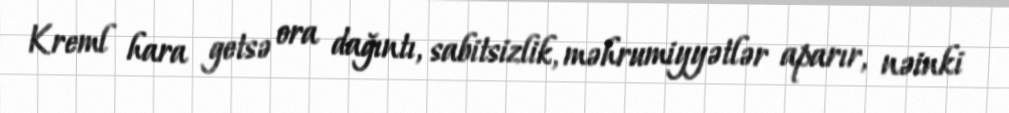
Kreml hara getsə ora dağıntı, sabitsizlik, məhrumiyyətlər aparır, nəinki